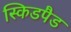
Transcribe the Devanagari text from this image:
स्किडपैड